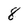
Character: 8